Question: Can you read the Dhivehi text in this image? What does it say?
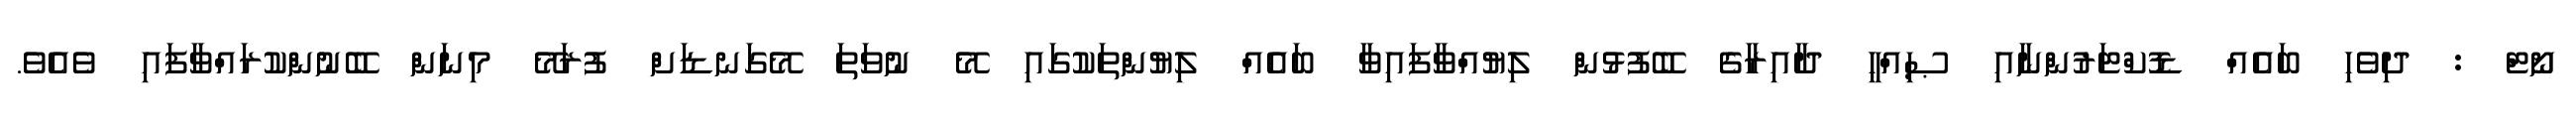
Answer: ނޯޓް : ދިވެހި ބައެއް ޑޮކްޓަރުންނާއި ޞިއްޙީ ދާއިރާގެ ބޭފުޅުން ލިޔުއްވާފައިވާ ބައެއް ލިޔުންތަކުގައި މޭ ނުވަތަ މޭގަނޑަށް ފުރަމޭ މިނަން ބޭނުންކުރައްވާފައި ވެއެވެ.